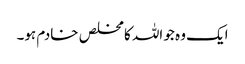
ایک وہ جو اللہ کا مخلص خادم ہو۔